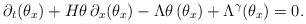
LaTeX: \begin{align*}\partial_t (\theta_x) + H\theta \, \partial_x (\theta_x) - \Lambda \theta \, (\theta_x) + \Lambda^\gamma (\theta_x) = 0.\end{align*}